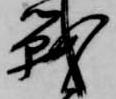
戦